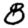
Digit: 8